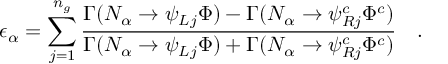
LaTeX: \epsilon _ { \alpha } = \sum _ { j = 1 } ^ { n _ { g } } \frac { \Gamma ( N _ { \alpha } \rightarrow \psi _ { L j } \Phi ) - \Gamma ( N _ { \alpha } \rightarrow \psi _ { R j } ^ { c } \Phi ^ { c } ) } { \Gamma ( N _ { \alpha } \rightarrow \psi _ { L j } \Phi ) + \Gamma ( N _ { \alpha } \rightarrow \psi _ { R j } ^ { c } \Phi ^ { c } ) } ~ ~ ~ .